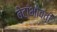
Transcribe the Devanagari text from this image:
बेटांभोवती